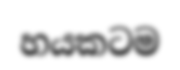
හයකටම